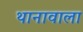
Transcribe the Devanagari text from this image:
थानावाला